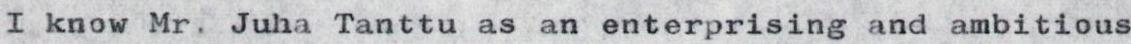
I know Mr. Juha Tanttu as an enterprising and ambitious